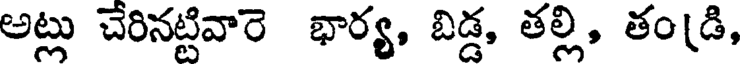
అట్లు చేరినట్టివారె భార్య, బిడ్డ, తల్లి, తం(డి,